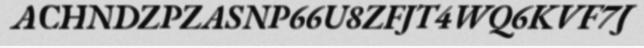
ACHNDZPZASNP66U8ZFJT4WQ6KVF7J